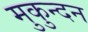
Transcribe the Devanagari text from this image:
मुकुन्दन